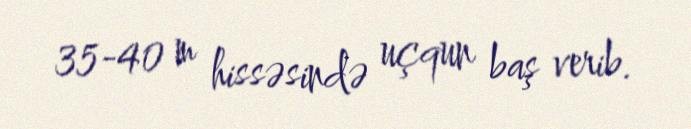
35-40 m hissəsində uçqun baş verib.